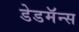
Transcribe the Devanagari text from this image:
डेडमॅन्स